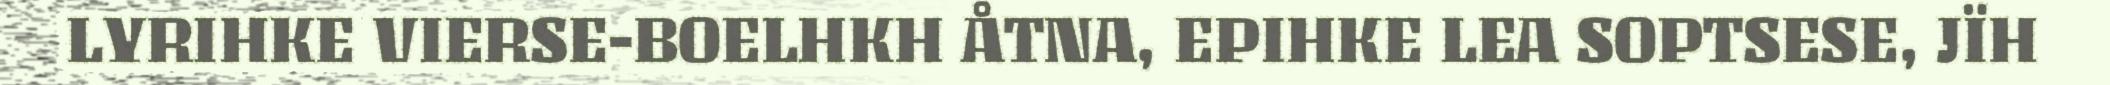
LYRIHKE VIERSE-BOELHKH ÅTNA, EPIHKE LEA SOPTSESE, JÏH